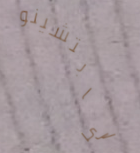
الكابتشينو